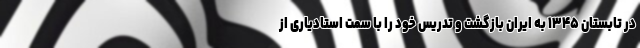
در تابستان ۱۳۴۵ به ایران بازگشت و تدریس خود را با سمت استادیاری از